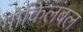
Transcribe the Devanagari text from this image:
गोकिलंबल